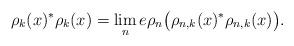
LaTeX: \begin{align*} \rho_k(x)^*\rho_k(x)=\lim_n e \rho_n\big(\rho_{n,k}(x)^*\rho_{n,k}(x)\big).\end{align*}